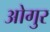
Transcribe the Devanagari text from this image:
ओगुर